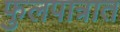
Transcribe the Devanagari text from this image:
फुलपात्रात